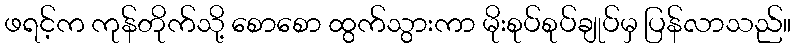
ဖရင့်က ကုန်တိုက်သို့ စောစော ထွက်သွားကာ မိုးစုပ်စုပ်ချုပ်မှ ပြန်လာသည်။